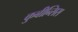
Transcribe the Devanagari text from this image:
कुबीन्सिस